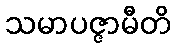
သမာပဇ္ဇာမီတိ